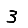
Digit: 3